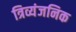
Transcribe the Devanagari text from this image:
त्रिव्यंजनिक